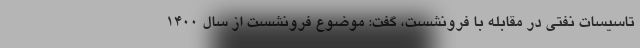
تاسیسات نفتی در مقابله با فرونشست، گفت: موضوع فرونشست از سال ۱۴۰۰